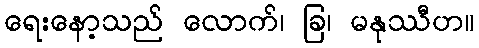
ရေးနော့သည် လောက်၊ ခြ၊ မနုဿီဟ။